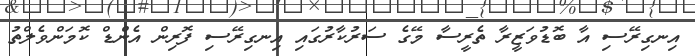
އިނގިރޭސި އާ ބޮޑުވަޒީރާ ތެރީސާ މޭގެ ސަރުކާރުގައި އިނގިރޭސި ފޮރިން އެންޑް ކޮމަންވެލްތު